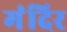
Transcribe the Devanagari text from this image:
मंंदिर